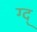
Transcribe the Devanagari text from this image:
ग्द्